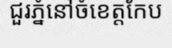
ជួរភ្នំនៅចំខេត្តកែប